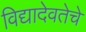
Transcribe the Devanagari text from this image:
विद्यादेवतेचे